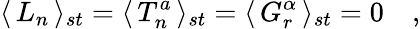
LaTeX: \langle\, L_{n}\, \rangle_{st}=\langle\, T_{n}^{a}\, \rangle_{st}=\langle\, G_{r}^{\alpha}\, \rangle_{st}=0\quad,